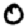
Digit: 0